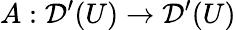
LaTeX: A:{\mathcal{D}}^{\prime}(U)\to{\mathcal{D}}^{\prime}(U)